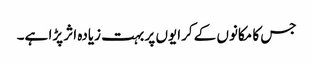
جس کا مکانوں کے کرایوں پر بہت زیادہ اثر پڑا ہے۔